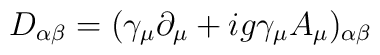
D_{\alpha \beta}=( \gamma_{\mu}\partial_{\mu}+ig \gamma_{\mu}A_{\mu})_{\alpha \beta}